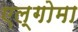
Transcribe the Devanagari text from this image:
एल्गोमा